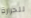
للحرارة